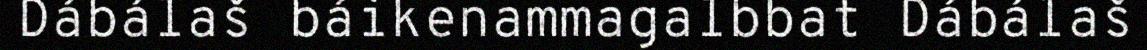
Dábálaš báikenammagalbbat Dábálaš